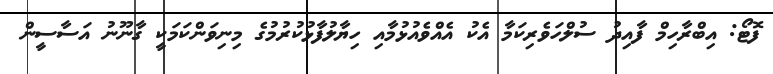
ފޮޓޯ: އިބްރާހިމް ފާއިދު ސުލްހަވެރިކަމާ އެކު އެއްވެއުޅުމާއި ހިޔާލުފާޅުކުރުމުގެ މިނިވަންކަމަކީ ގާނޫނު އަސާސީން